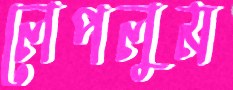
লেপলুম